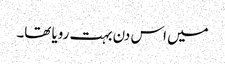
میں اس دن بہت رویا تھا۔